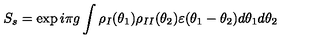
S _ { s } = \exp i \pi g \int \rho _ { I } ( \theta _ { 1 } ) \rho _ { I I } ( \theta _ { 2 } ) \varepsilon ( \theta _ { 1 } - \theta _ { 2 } ) d \theta _ { 1 } d \theta _ { 2 }